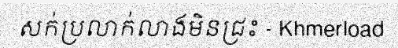
សក់ប្រលាក់លាងមិនជ្រះ - Khmerload